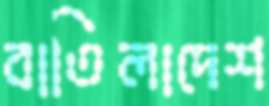
বাতিলাদেশ